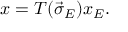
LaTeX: x = T ( \vec { \sigma } _ { E } ) x _ { E } .